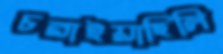
চরাইয়াছিলি